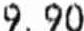
9.90